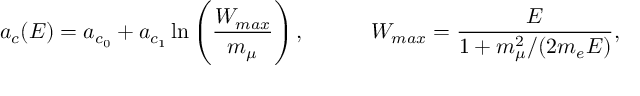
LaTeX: a _ { c } ( E ) = a _ { c _ { 0 } } + a _ { c _ { 1 } } \ln \left( \frac { W _ { m a x } } { m _ { \mu } } \right) , ~ ~ ~ ~ ~ ~ ~ ~ ~ W _ { m a x } = \frac { E } { 1 + { m _ { \mu } ^ { 2 } } / { ( 2 m _ { e } E ) } } ,